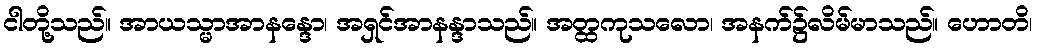
ငါတို့သည်။ အာယသ္မာအာနန္ဒော၊ အရှင်အာနန္ဒာသည်။ အတ္ထကုသလော၊ အနက်၌လိမ်မာသည်။ ဟောတိ၊